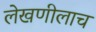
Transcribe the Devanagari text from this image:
लेखणीलाच